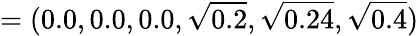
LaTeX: =(0.0,0.0,0.0,\sqrt{0.2},\sqrt{0.24},\sqrt{0.4})